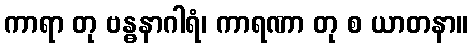
ကာရာ တု ဗန္ဓနာဂါရံ၊ ကာရဏာ တု စ ယာတနာ။